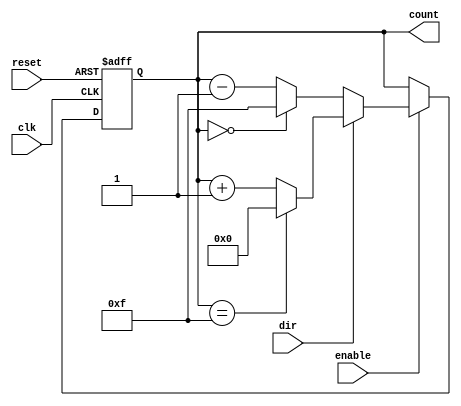
module synchronous_counter #(
    parameter WIDTH = 4,         // Bit width of the counter
    parameter MAX_COUNT = 15,    // Maximum count value (2^WIDTH - 1)
    parameter INITIAL_VALUE = 0   // Initial value of the counter
)(
    input wire clk,              // Clock signal
    input wire reset,            // Asynchronous reset signal
    input wire enable,           // Count enable signal
    input wire dir,              // Direction control signal (1 for up, 0 for down)
    output reg [WIDTH-1:0] count // Current count value
);

    // Asynchronous reset and synchronous counting logic
    always @(posedge clk or posedge reset) begin
        if (reset) begin
            count <= INITIAL_VALUE; // Reset to initial value
        end else if (enable) begin
            if (dir) begin
                // Count up
                if (count == MAX_COUNT) begin
                    count <= 0; // Wrap around to 0
                end else begin
                    count <= count + 1; // Increment count
                end
            end else begin
                // Count down
                if (count == 0) begin
                    count <= MAX_COUNT; // Wrap around to MAX_COUNT
                end else begin
                    count <= count - 1; // Decrement count
                end
            end
        end
    end

endmodule